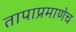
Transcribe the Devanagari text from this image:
तापाप्रमाणेच